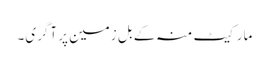
مارکیٹ منہ کے بل زمین پر آگری۔